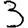
Digit: 3